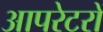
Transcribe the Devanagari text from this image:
आपरेटरों